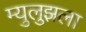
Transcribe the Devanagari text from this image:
म्युलुझला